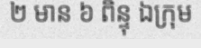
២ មាន ៦ ពិន្ទុ ឯក្រុម